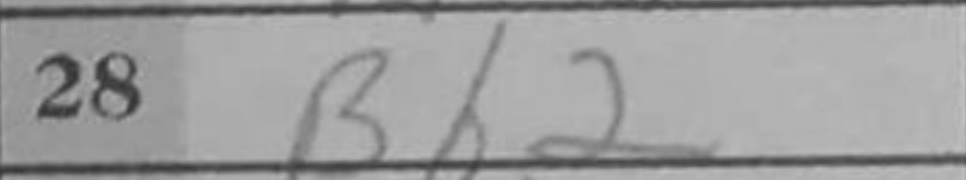
Transcription: Bh2